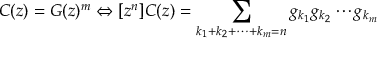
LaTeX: C ( z ) = G ( z ) ^ { m } \Leftrightarrow [ z ^ { n } ] C ( z ) = \sum _ { k _ { 1 } + k _ { 2 } + \cdots + k _ { m } = n } g _ { k _ { 1 } } g _ { k _ { 2 } } \cdots g _ { k _ { m } }